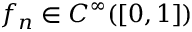
f _ { n } \in C ^ { \infty } ( [ 0 , 1 ] )